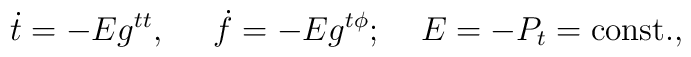
\dot{t}=-Eg^{tt},\;\;\;\;\;\dot{f}=-Eg^{t\phi};\;\;\;\;E=-P_t=\mbox{const.},